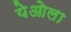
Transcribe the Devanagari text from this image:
येओला